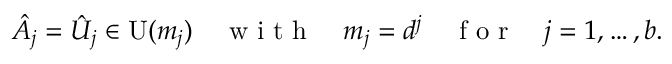
\hat { A } _ { j } = \hat { U } _ { j } \in \operatorname { U } ( m _ { j } ) \quad \mathrm { ~ w ~ i ~ t ~ h ~ } \quad m _ { j } = d ^ { j } \quad \mathrm { ~ f ~ o ~ r ~ } \quad j = 1 , \dotsc , b .